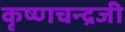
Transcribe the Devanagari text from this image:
कृष्‍णचन्‍द्रजी